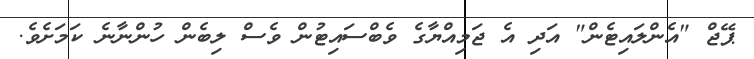
ޕޭޖް "އެންލައިޓެން" އަދި އެ ޖަމިއްޔާގެ ވެބްސައިޓުން ވެސް ލިބެން ހުންނާނެ ކަމަށެވެ.